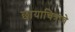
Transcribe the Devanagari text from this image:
छायाचित्राचे